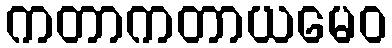
ကတာကတာယမေဝ